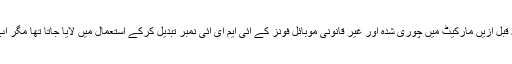
انہوں نے کہا کہ قبل ازیں مارکیٹ میں چوری شدہ اور غیر قانونی موبائل فونز کے آئی ایم ای آئی نمبر تبدیل کرکے استعمال میں لایا جاتا تھا مگر اب ایسا نہیں ہو گا۔